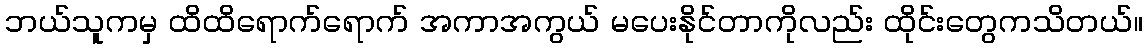
ဘယ်သူကမှ ထိထိရောက်ရောက် အကာအကွယ် မပေးနိုင်တာကိုလည်း ထိုင်းတွေကသိတယ်။